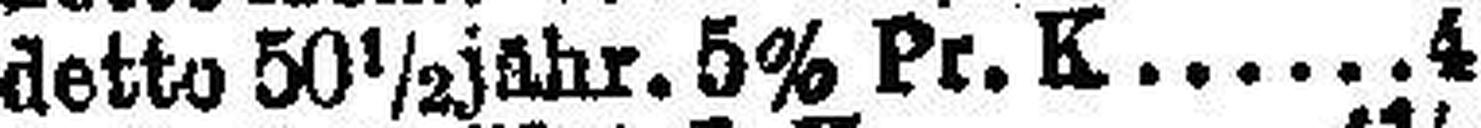
detto 50½ jähr. 5% Pr. K 4